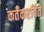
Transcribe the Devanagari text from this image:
कर्तेकरविते